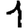
Digit: 1